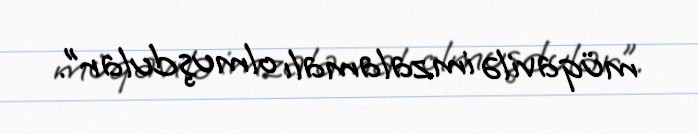
müqavilə imzalamalı olmuşdular”.